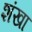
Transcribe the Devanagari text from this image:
शंखा